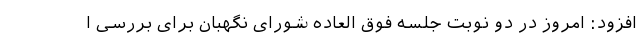
افزود: امروز در دو نوبت جلسه فوق العاده شورای نگهبان برای بررسی ا